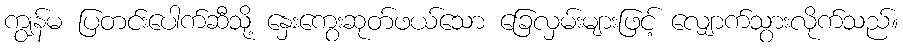
ကျွန်မ ပြတင်းပေါက်ဆီသို့ နှေးကွေးဆုတ်ဖယ်သော ခြေလှမ်းများဖြင့် လျှောက်သွားလိုက်သည်။